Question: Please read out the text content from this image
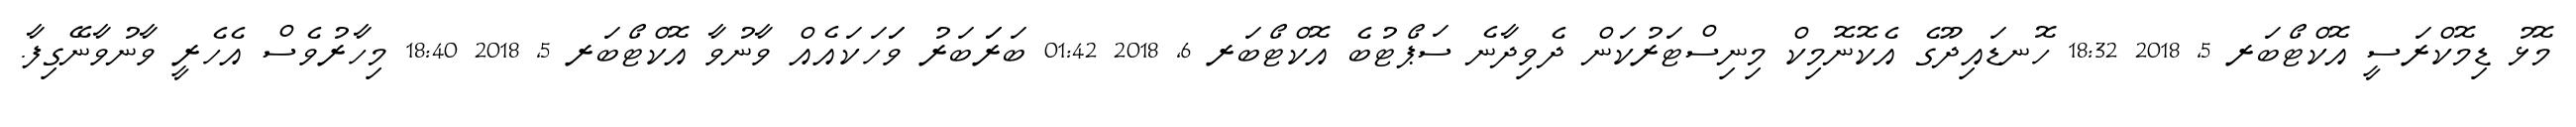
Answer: މޮޅު ޑިމޮކްރަސީ އޮކްޓޯބަރ 5, 2018 18:32 ހޮނޑައިދޫގެ އެކޮނޮމިކް މިނިސްޓަރުކަން ދެވިދާނެ ސަޕޯޓުބެ އޮކްޓޯބަރ 6, 2018 01:42 ބަރަަބަރު ވަަހަކައެއް ވާނުވާ އޮކްޓޯބަރ 5, 2018 18:40 މިހާރުވެސް އެހެރީ ވާނުވާނޭގިފާ.